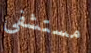
مستشفى